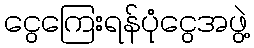
ငွေကြေးရန်ပုံငွေအဖွဲ့